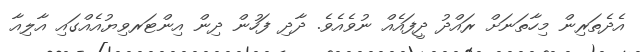
އެދެތަރިން މިހާތަނަށް ރައްދު ދީފައެއް ނުވެއެވެ. ދާދި ފަހުން ދިން އިންޓަރވިޔުއެއްގައި އާލިއާ